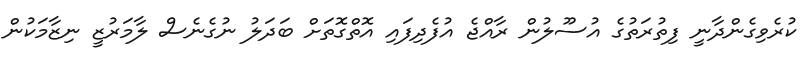
ކުރެވިގެންދާނީ ފިތުރަތުގެ އުސޫލުން ރާއްޖެ އުފެދިފައި އޮތްގޮތަށް ބަދަލު ނުގެނެސް ލާމަރުޒީ ނިޒާމަކުން